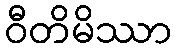
ဝီတိမိဿာ